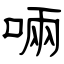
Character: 啢